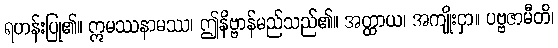
ရဟန်းပြု၏။ ဣမဿနာမဿ၊ ဤနိဗ္ဗာန်မည်သည်၏။ အတ္ထာယ၊ အကျိုးငှာ။ ပဗ္ဗဇာမီတိ၊